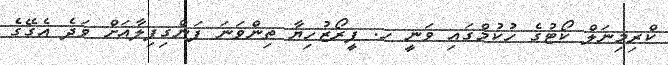
ކްރިމިނަލް ކޯޓުގެ ހުކުމްގައި ވަނީ ހ. ފީރޯޒުހިޔާ ތިންވަނަ ފަންގިފިލާއަށް ވަދެ އެގޭގެ